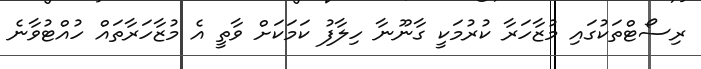
ރިސޯޓްތަކުގައި މުޒާހަރާ ކުރުމަކީ ގާނޫނާ ހިލާފު ކަމަކަށް ވާތީ އެ މުޒާހަރާތައް ހުއްޓުވާނެ